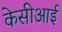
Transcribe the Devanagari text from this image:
केसीआई